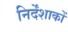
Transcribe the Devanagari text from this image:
निर्देंशाकों